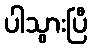
ပါသွားပြီ